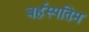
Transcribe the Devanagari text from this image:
बर्हस्पतिम